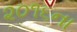
૨૦૧૬ના